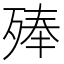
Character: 𣨞